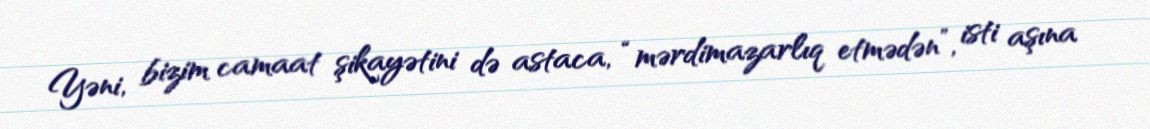
Yəni, bizim camaat şikayətini də astaca, “mərdimazarlıq etmədən”, isti aşına